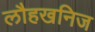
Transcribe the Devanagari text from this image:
लौहखनिज